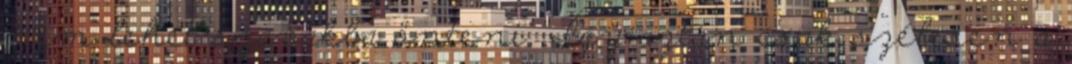
nem lehet szavakba önteni. Így aztán csak szélesen a